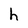
Character: h